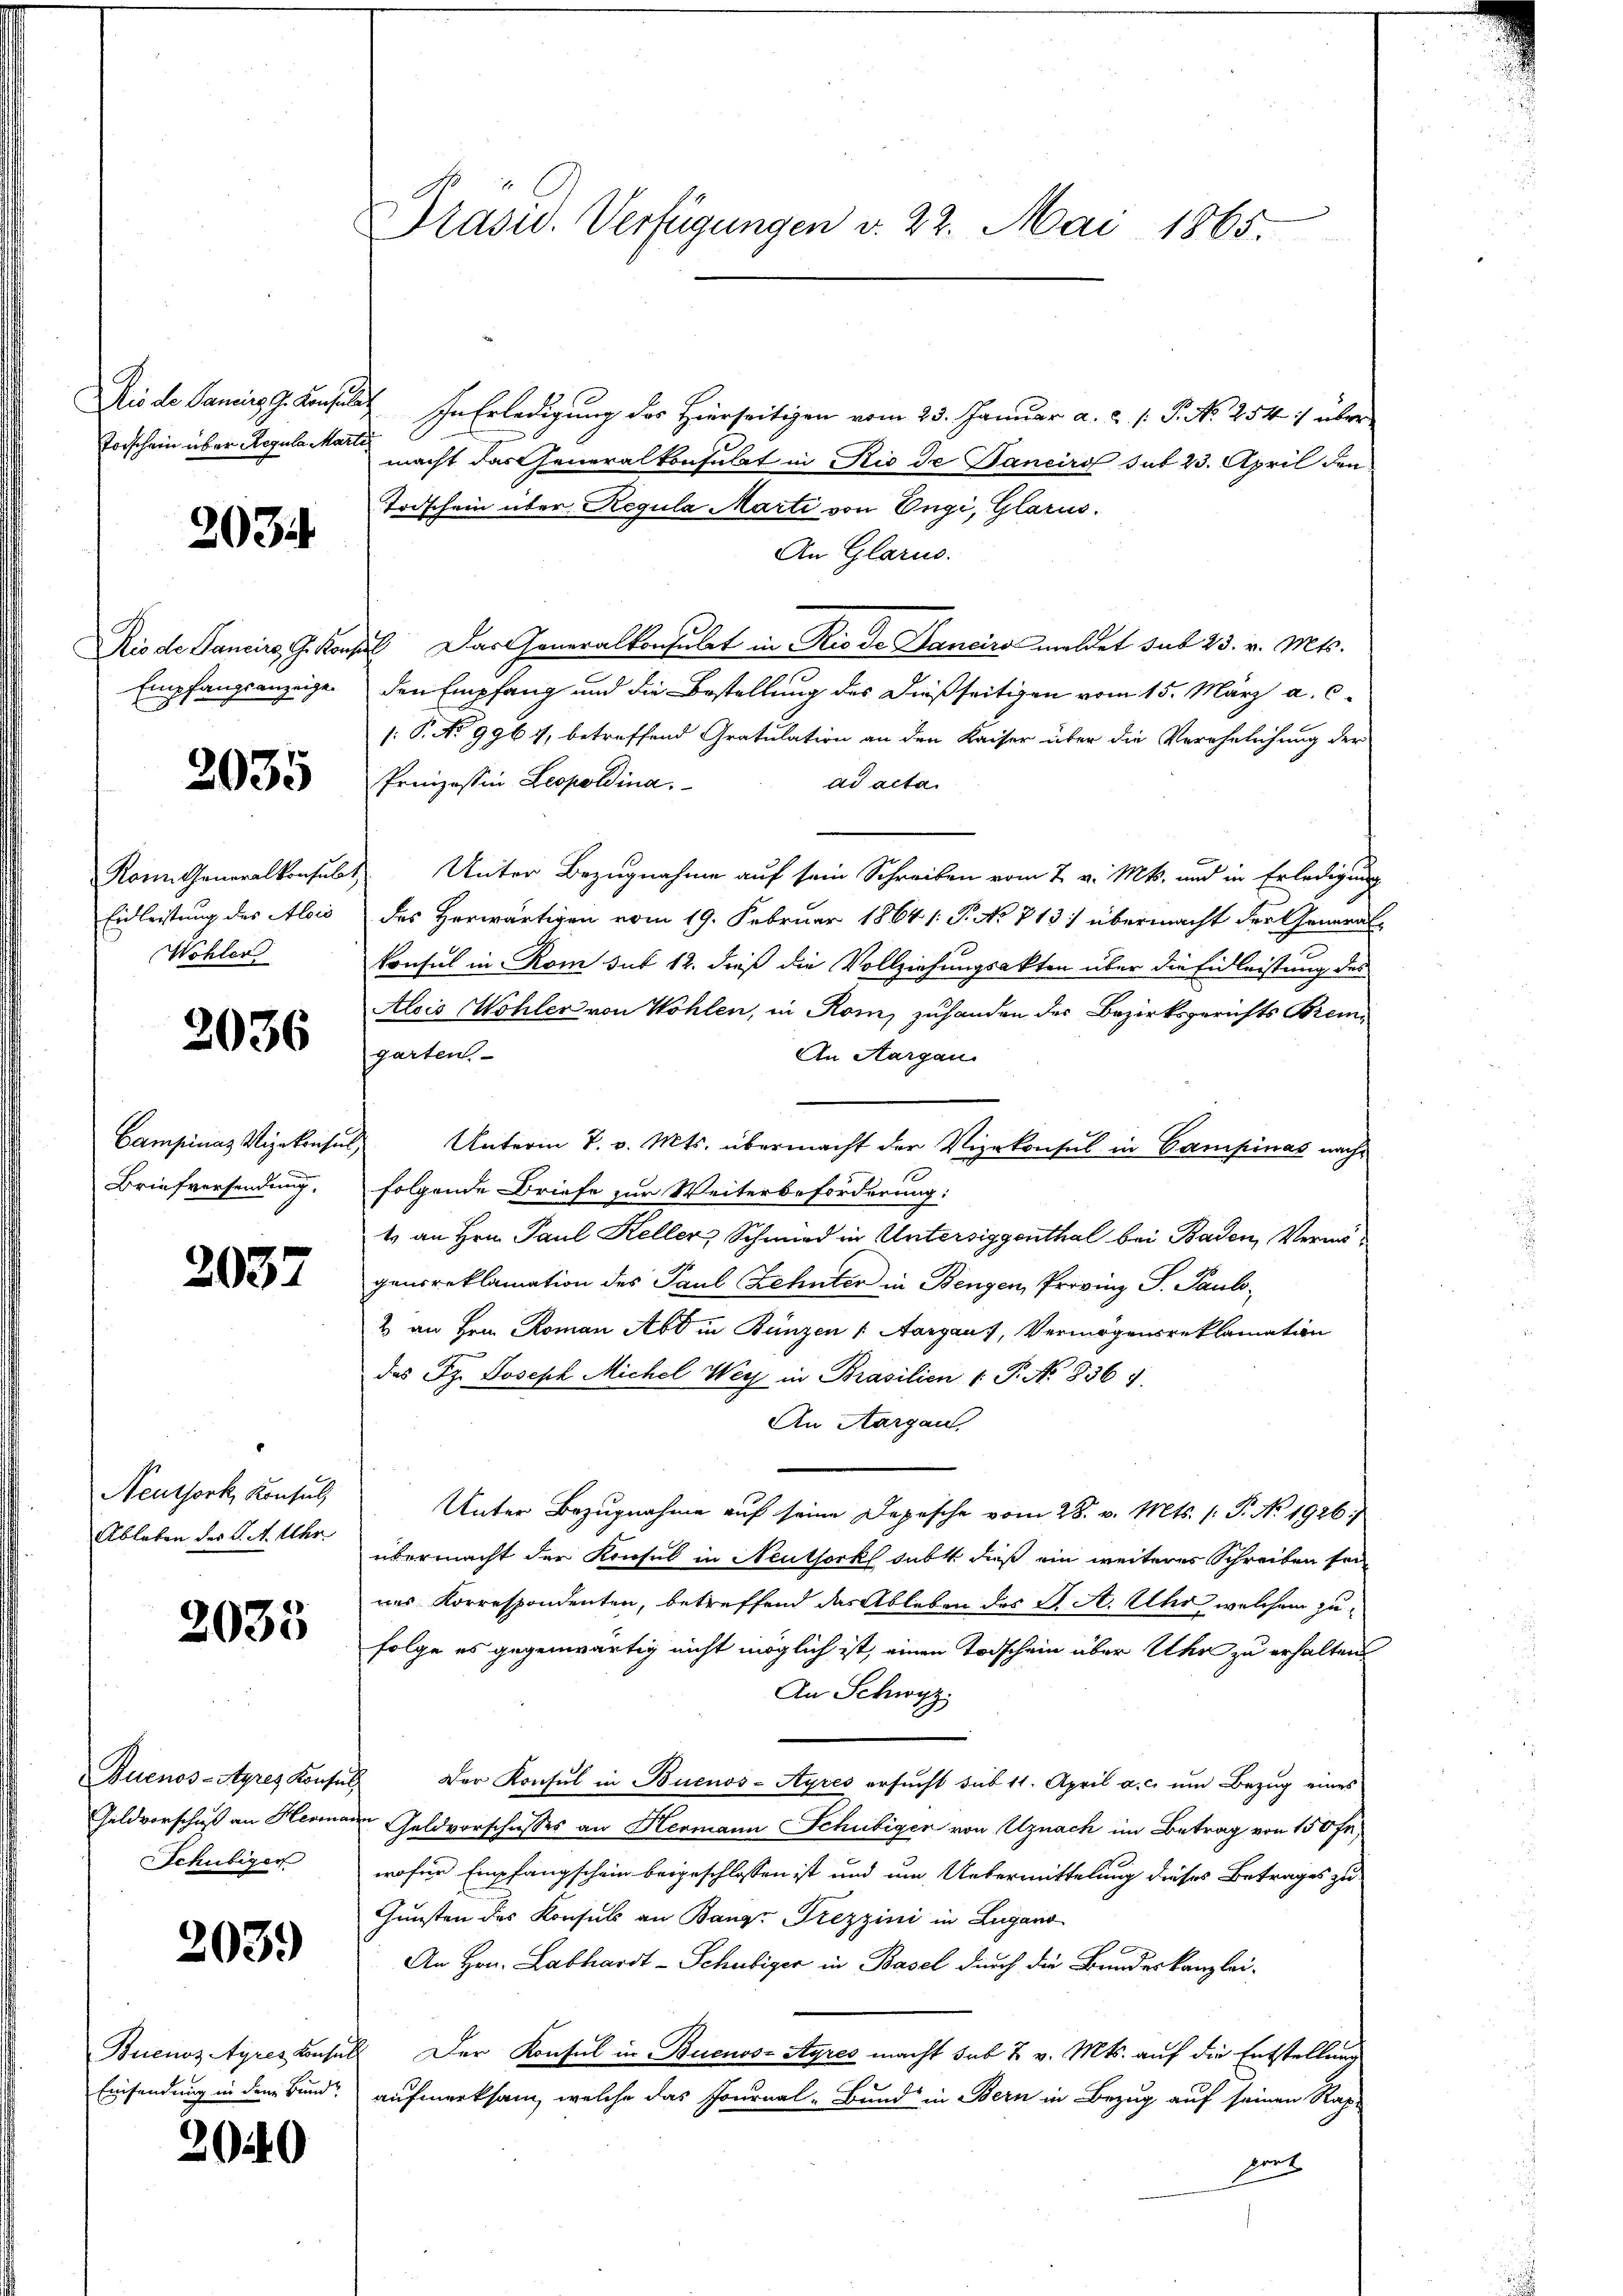
Vorschein über Regula Marti

2034

Empfangsanzeige.

2035

Einleistung des Alois
Wöhler

2036

Briefversendung.

2037

Neuthork, Konsuls
Ableben der K. A. Uhr.

2033

Schubiger

2039

Einsendung in dem Bund

2040

Prasw. Verfügungen v. 22. Mai 1865

Dis de Landers G. Consulat Ihn Erledigung des Hierseitigen vom 23. Januar a. c. s. P. No 254 :/ über
macht das Generalkonsulat in Rio de Banciro sub 23. April den
Todschein über Regula Marti von Engi, Glarus.
An Glarus.
Rio de Pancirg, G. Konsul Das Generalkonsulat in Rio de Sanciro meldet sub 25. v. Mts.
den Empfang und die Bestellung des dießseitigen vom 15. März a. c.
/: P. No 996 7, betreffend Gratulation an den Kaiser über die Verehelichung der
Prnizossin Leopoldina
ad acta.
Rom. Generalkonsuls Unter Bezugnahme auf sein Schreiben vom 7. v. Mts. und in Erledigung
des Herwärtigen vom 19. Februar 1864 /: P. No 713. übermacht der General-
konsul in Rom sub 12. dieß die Vollziehungsakten über die Einleistung des
Alois Wohler von Wohlen, in Rom, zuhanden der Bezirksgerichts Bremgarten.
An Aargau.
Campinas Vizekonsul Unterm 7. v. Mts. übermacht der Vizekonsul in Campinas nachfolgende Briefe zur Weiterbeforderung:
1 an Hrn. Paul Keller, Schmied in Untersiggenthal bei Baden, Vermögenreklamation des Paul Zehnter in Bengen, Provinz S. Paul¬
2 an Hrn. Roman Abt in Bünzen (Aargau), Vermögensreklamation
das St. Joseph Michel Wer in Brasilien 1 P. No 836 f.
An Aargau,
Unter Bezugnahme auf seine Depesche vom 28. v. Mts. (: P. No. 1926.)
übermacht der Konsul in Neuthork subst dieß ein weiteres Schreiben son
nes Korrespondenten, betreffend das Ableben des K. A. Uhr welchem zu¬
Folge es gegenwärtig nicht möglich ist, einen Todschein aber Uhr zu erhalten
An Schwyz.
Buenos-Ayres Konsul Der Konsul in Buenos-Ayres ersŭcht sub 11. April a. c. ŭm Bezŭg eines
Geldvorschuß an Hermann Geldvorschusses an Hermann Schubiger von Uznach im Betrag von 150 fr.
wofür Empfangschein beigeschlossen ist und um Uebermittelung dieses Betrages zu
Gunsten des Konsuls an Bange Trezzini in Lugano
An Hrn. Labhardt-Schubiger in Basel durch die Bundeskanzlei¬
Buenoz tyres Konsul Der Konsul in Buenos-Ayres macht sub 2 v. Mts. auf die Entstellung
.
aufmerksam, welche das Journal-Bund in Bern in Bezug auf seinen Rap
pent